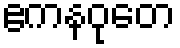
ဧကနဝုတေ